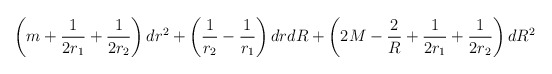
\begin{align*}\left(m+\frac{1}{2r_1}+\frac{1}{2r_2}\right)dr^2+\left(\frac{1}{r_2}-\frac{1}{r_1}\right)drdR+\left(2M-\frac{2}{R}+\frac{1}{2r_1}+\frac{1}{2r_2}\right)dR^2\end{align*}